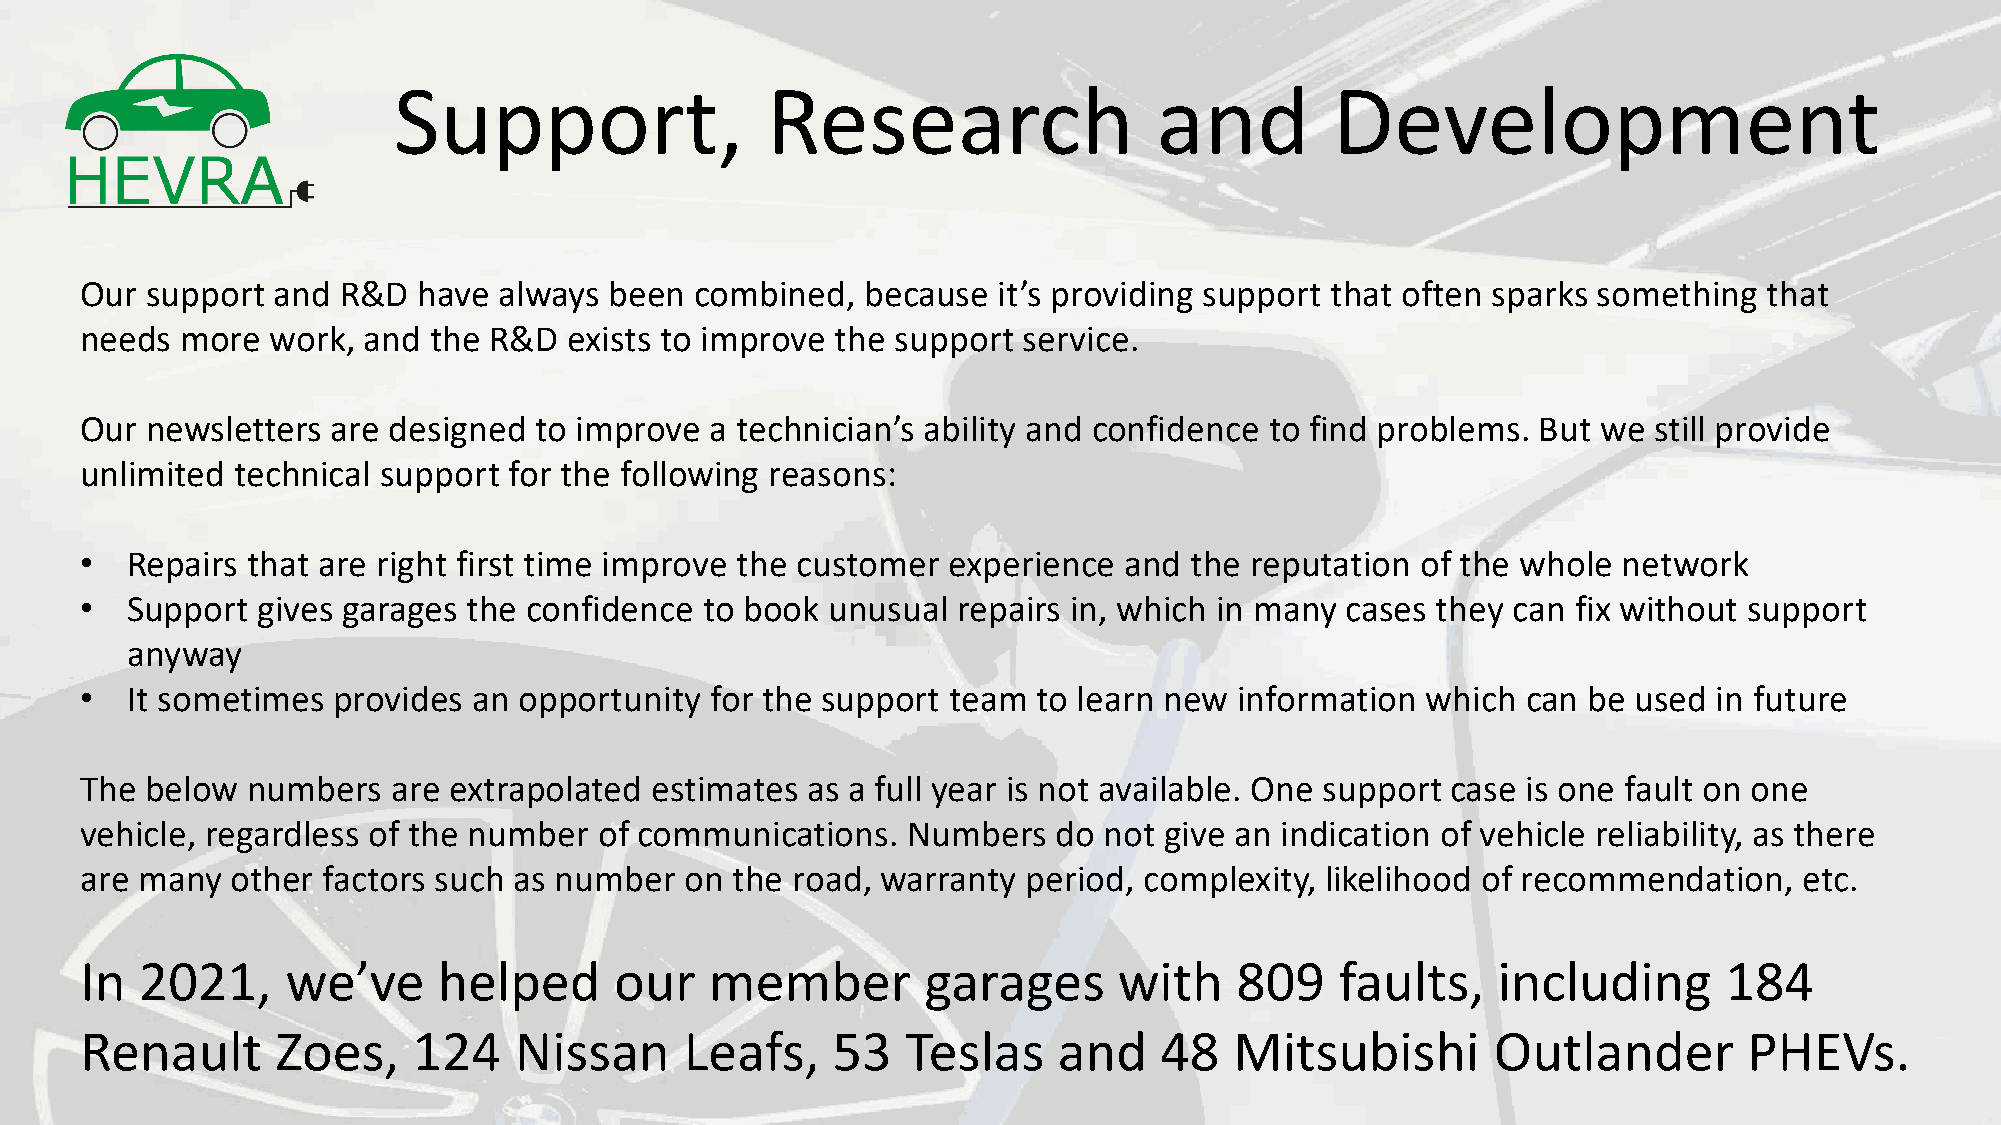
Support,                 Research                  and        Development
 Our  support and  R&D  have always been  combined,  because  it’s providing support that often sparks something that
 needs  more  work, and the R&D   exists to improve the support service.
 Our  newsletters are designed to improve  a technician’s ability and confidence to find problems. But we still provide
 unlimited  technical support for the following reasons:
 •  Repairs that are right first time improve the customer experience and  the reputation of the whole network
 •  Support  gives garages the confidence  to book unusual repairs in, which in many cases they can fix without support
 anyway
 •  It sometimes  provides an opportunity  for the support team  to learn new information which  can be used  in future
 The  below numbers   are extrapolated estimates as a full year is not available. One support case is one fault on one
 vehicle, regardless of the number  of communications.  Numbers   do not give an indication of vehicle reliability, as there
 are many  other factors such as number  on  the road, warranty period, complexity, likelihood of recommendation,  etc.
 In  2021,     we’ve     helped      our   member        garages      with    809    faults,   including      184
 Renault      Zoes,    124    Nissan     Leafs,    53   Teslas    and    48   Mitsubishi       Outlander        PHEVs.